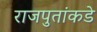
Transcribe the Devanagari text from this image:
राजपुतांकडे